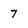
Character: 7